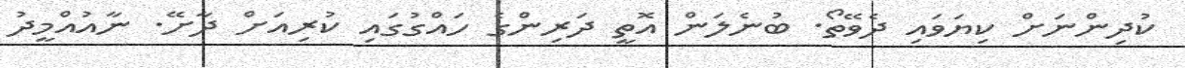
ކުދިންނަށް ކިޔަވައި ދެވޭތޯ. ބުނެލަން އޮތީ ދަރިންގެ ހައްގުގައި ކުރިއަށް ދާށޭ. ނާއުއްމީދު